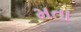
મતા